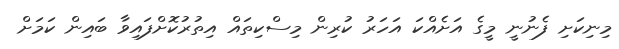
މިނިކަށި ފެނުނީ މީގެ އަށެއްކަ އަހަރު ކުރިން މިސްކިތައް އިތުރުކޮށްފައިވާ ބައިން ކަމަށް